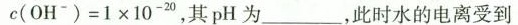
c(OH^{-})=1×10^{-20}，其pH为_____，此时水的电离受到___